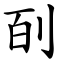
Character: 㓦